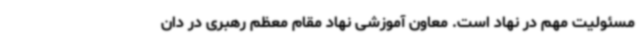
مسئولیت مهم در نهاد است. معاون آموزشی نهاد مقام معظم رهبری در دان